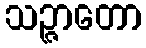
သဉ္ဇာတော